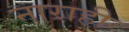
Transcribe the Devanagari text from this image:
नाराही